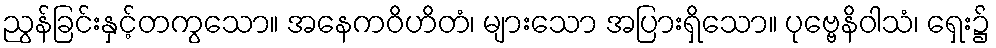
ညွန်ခြင်းနှင့်တကွသော။ အနေကဝိဟိတံ၊ များသော အပြားရှိသော။ ပုဗ္ဗေနိဝါသံ၊ ရှေး၌